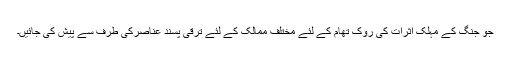
جو جنگ کے مہلک اثرات کی روک تھام کے لئے مختلف ممالک کے لئے ترقی پسند عناصرکی طرف سے پیش کی جائیں۔